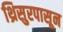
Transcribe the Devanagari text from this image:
थ्रिसुरपासून